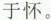
于怀。